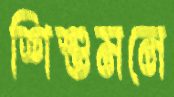
শিশুমনে